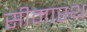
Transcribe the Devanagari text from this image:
सीमास्थ